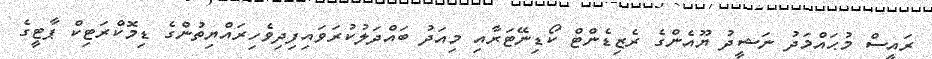
ރައީސް މުޙައްމަދު ނަޝީދު ޔޫއެންގެ ރެޒިޑެންޓް ކޯޑިނޭޓަރާއި މިއަދު ބައްދަލުކުރަވައިފިދިވެހިރައްޔިތުންގެ ޑިމޮކްރަޓިކް ޕާޓީގެ